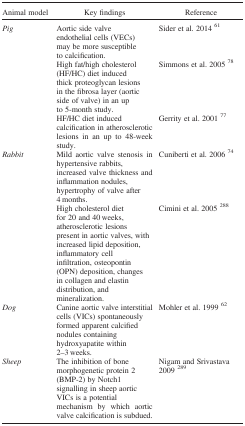
<table><thead><tr><td><b>Animal model</b></td><td><b>Key findings</b></td><td><b>Reference</b></td></tr></thead><tbody><tr><td rowspan="3"><i>Pig</i></td><td>Aortic side valve endothelial cells (VECs) may be more susceptible to calcification.</td><td>Sider et al. 2014 61</td></tr><tr><td>High fat/high cholesterol (HF/HC) diet induced thick proteoglycan lesions in the fibrosa layer (aortic side of valve) in an up to 5‐month study.</td><td>Simmons et al. 2005 78</td></tr><tr><td>HF/HC diet induced calcification in atherosclerotic lesions in an up to 48‐week study.</td><td>Gerrity et al. 2001 77</td></tr><tr><td rowspan="2"><i>Rabbit</i></td><td>Mild aortic valve stenosis in hypertensive rabbits, increased valve thickness and inflammation nodules, hypertrophy of valve after 4 months.</td><td>Cuniberti et al. 2006 74</td></tr><tr><td>High cholesterol diet for 20 and 40 weeks, atherosclerotic lesions present in aortic valves, with increased lipid deposition, inflammatory cell infiltration, osteopontin (OPN) deposition, changes in collagen and elastin distribution, and mineralization.</td><td>Cimini et al. 2005 288</td></tr><tr><td><i>Dog</i></td><td>Canine aortic valve interstitial cells (VICs) spontaneously formed apparent calcified nodules containing hydroxyapatite within 2–3 weeks.</td><td>Mohler et al. 1999 62</td></tr><tr><td><i>Sheep</i></td><td>The inhibition of bone morphogenetic protein 2 (BMP‐2) by Notch1 signalling in sheep aortic VICs is a potential mechanism by which aortic valve calcification is subdued.</td><td>Nigam and Srivastava 2009 289</td></tr></tbody></table>